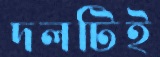
দলটিই